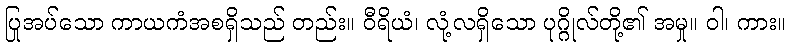
ပြုအပ်သော ကာယကံအစရှိသည် တည်း။ ဝီရိယံ၊ လုံ့လရှိသော ပုဂ္ဂိုလ်တို့၏ အမှု။ ဝါ၊ ကား။